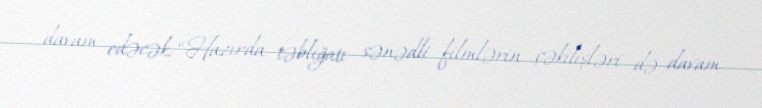
davam edəcək: “Hazırda təbliğatı sənədli filmlərin çəkilişləri də davam